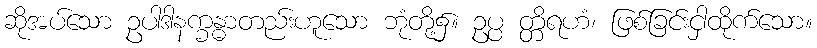
ဆိုအပ်သော ဥပါဒါနက္ခန္ဓာတည်းဟူသော ဘုံတို့၌။ ဥပ္ပ တ္တိရဟံ၊ ဖြစ်ခြင်းငှါထိုက်သော။